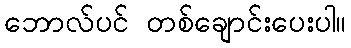
ဘောလ်ပင် တစ်ချောင်းပေးပါ။